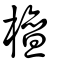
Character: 檀